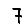
Digit: 7